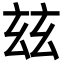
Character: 玆